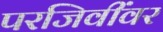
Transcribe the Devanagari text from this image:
परजिवींवर